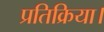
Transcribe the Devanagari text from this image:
प्रतिक्रिया।